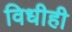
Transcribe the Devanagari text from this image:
विधीही